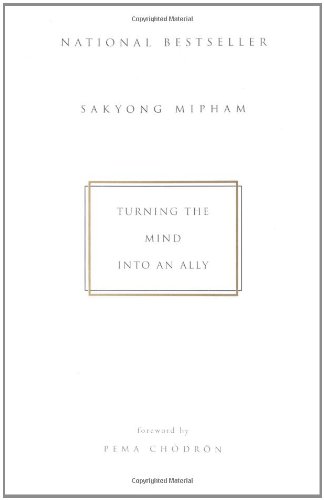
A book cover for Turning the Mind Into an Ally; Sakyong Mipham; Health, Fitness & Dieting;